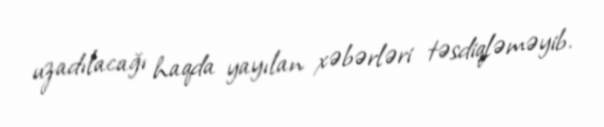
uzadılacağı haqda yayılan xəbərləri təsdiqləməyib.